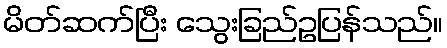
မိတ်ဆက်ပြီး သွေးခြည်ဥပြန်သည်။